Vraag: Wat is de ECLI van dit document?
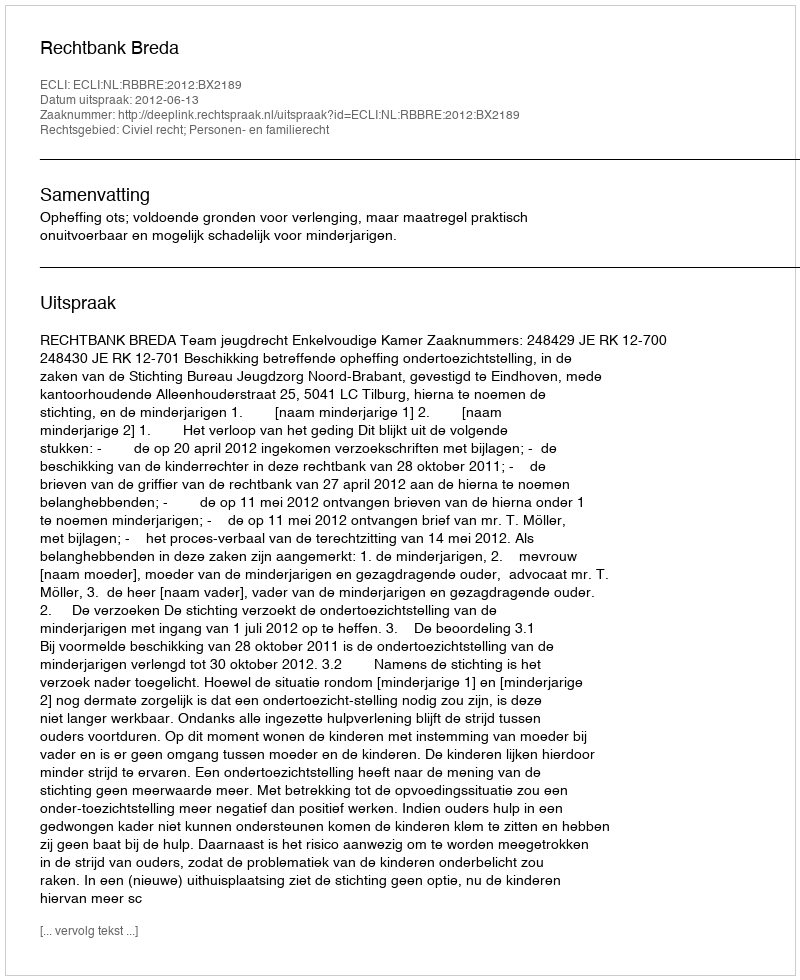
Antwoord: ECLI:NL:RBBRE:2012:BX2189